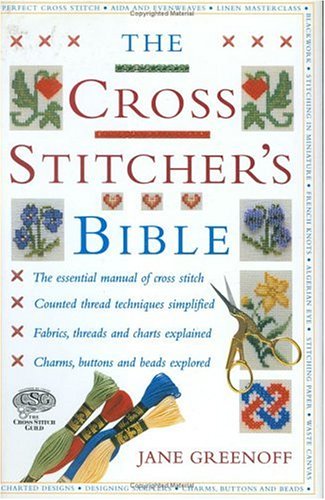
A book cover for The Cross Stitcher's Bible; Jane Greenoff; Crafts, Hobbies & Home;